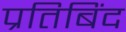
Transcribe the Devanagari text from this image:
प्रतिबिंद